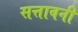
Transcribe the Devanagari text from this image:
सत्तावनी